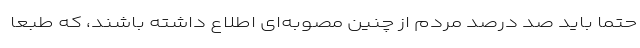
حتماً باید صد درصد مردم از چنین مصوبه‌ای اطلاع داشته باشند، که طبعا